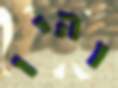
והיו